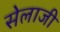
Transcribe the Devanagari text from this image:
सेलाजी